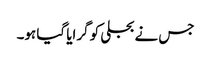
جس نے بجلی کو گرایا گیا ہو۔